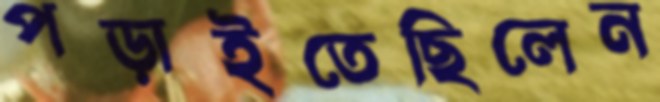
পড়াইতেছিলেন